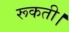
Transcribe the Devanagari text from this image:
रूकती।